Annual administration report of the Civil Veterinary Department of India - 1898-1899
Year: 1898
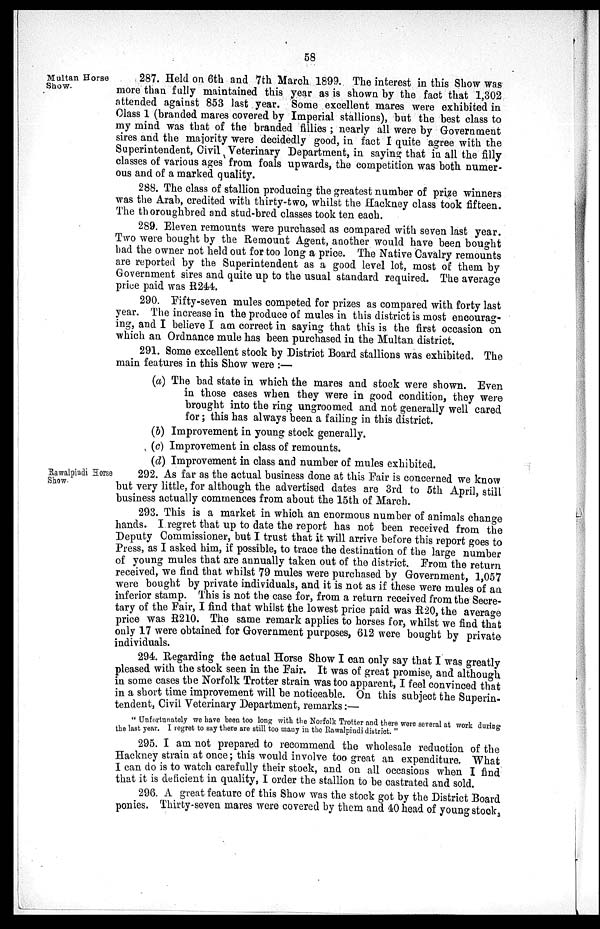
58
Multan Horse
Show.
287. Held on 6th and 7th March 1899. The interest in this Show was
more than fully maintained this year as is shown by the fact that 1,302
attended against 853 last year. Some excellent mares were exhibited in
Class 1 (branded mares covered by Imperial stallions), but the best class to
my mind was that of the branded fillies; nearly all were by Government
sires and the majority were decidedly good, in fact I quite agree with the
Superintendent, Civil Veterinary Department, in saying that in all the filly
classes of various ages from foals upwards, the competition was both numer-
ous and of a marked quality.
288. The class of stallion producing the greatest number of prize winners
was the Arab, credited with thirty-two, whilst the Hackney class took fifteen.
The thoroughbred and stud-bred classes took ten each.
289. Eleven remounts were purchased as compared with seven last year.
Two were bought by the Remount Agent, another would have been bought
had the owner not held out for too long a price. The Native Cavalry remounts
are reported by the Superintendent as a good level lot, most of them by
Government sires and quite up to the usual standard required. The average
price paid was R244.
290. Fifty-seven mules competed for prizes as compared with forty last
year. The increase in the produce of mules in this district is most encourag-
ing, and I believe I am correct in saying that this is the first occasion on
which an Ordnance mule has been purchased in the Multan district.
291. Some excellent stock by District Board stallions was exhibited. The
main features in this Show were:—
(a) The bad state in which the mares and stock were shown. Even
in those cases when they were in good condition, they were
brought into the ring ungroomed and not generally well cared
for; this has always been a failing in this district.
(b) Improvement in young stock generally.
(c) Improvement in class of remounts.
(d) Improvement in class and number of mules exhibited.
Rawalpindi Horse
Show.
292. As far as the actual business done at this Fair is concerned we know
but very little, for although the advertised dates are 3rd to 5th April, still
business actually commences from about the 15th of March.
293. This is a market in which an enormous number of animals change
hands. I regret that up to date the report has not been received from the
Deputy Commissioner, but I trust that it will arrive before this report goes to
Press, as I asked him, if possible, to trace the destination of the large number
of young mules that are annually taken out of the district. From the return
received, we find that whilst 79 mules were purchased by Government, 1,057
were bought by private individuals, and it is not as if these were mules of an
inferior stamp. This is not the case for, from a return received from the Secre-
tary of the Fair, I find that whilst the lowest price paid was R20, the average
price was R210. The same remark applies to horses for, whilst we find that
only 17 were obtained for Government purposes, 612 were bought by private
individuals.
294. Regarding the actual Horse Show I can only say that I was greatly
pleased with the stock seen in the Fair. It was of great promise, and although
in some cases the Norfolk Trotter strain was too apparent, I feel convinced that
in a short time improvement will be noticeable. On this subject the Superin-
tendent, Civil Veterinary Department, remarks:—
"Unfortunately we have been too long with the Norfolk Trotter and there were several at work during
the last year. I regret to say there are still too many in the Rawalpindi district."
295. I am not prepared to recommend the wholesale reduction of the
Hackney strain at once; this would involve too great an expenditure. What
I can do is to watch carefully their stock, and on all occasions when I find
that it is deficient in quality, I order the stallion to be castrated and sold.
296. A great feature of this Show was the stock got by the District Board
ponies. Thirty-seven mares were covered by them and 40 head of young stock,